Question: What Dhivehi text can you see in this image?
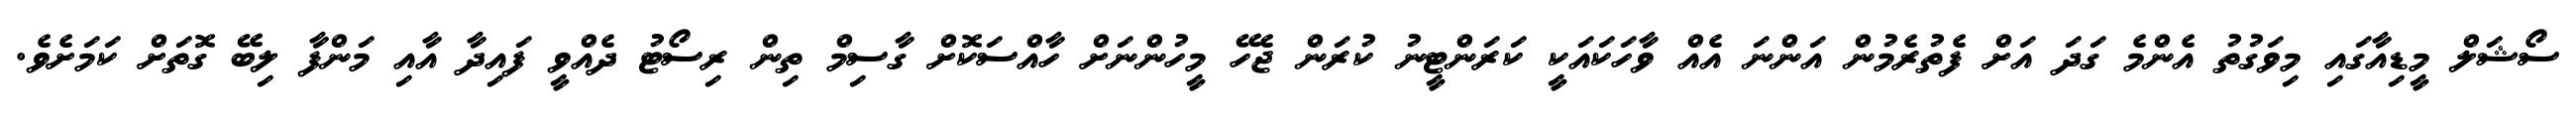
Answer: ސޯޝަލް މީޑިއާގައި މިވަގުތު އެންމެ ގަދަ އަށް ފެތުރެމުން އަންނަ އެއް ވާހަކައަކީ ކަރަންޓީނު ކުރަން ޖެހޭ މީހުންނަށް ހާއްސަކޮށް ގާސިމް ތިން ރިސޯޓު ދެއްވީ ފައިދާ އާއި މަންފާ ލިބޭ ގޮތަށް ކަމަށެވެ.